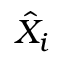
\hat { X } _ { i }